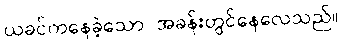
ယခင်ကနေခဲ့သော အခန်းတွင်နေလေသည်။